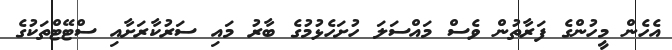
އެހެން މީހުންގެ ފަރާތުން ވެސް މައްސަލަ ހުށަހެޅުމުގެ ބާރު މައި ސަރުކާރަށާއި ސްޓޭޓްތަކުގެ